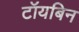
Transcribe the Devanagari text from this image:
टॉयबिन